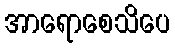
အာရောစေသိပေ